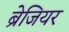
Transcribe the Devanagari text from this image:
ब्रेजियर